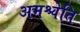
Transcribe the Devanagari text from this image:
अमश्चेति